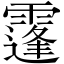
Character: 𩅛